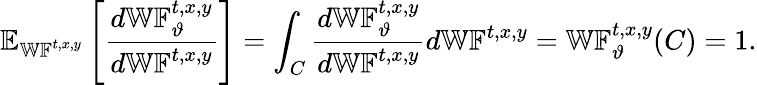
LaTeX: \mathbb{E}_{\mathbb{WF}^{t,x,y}}\left[\frac{d\mathbb{WF}_{\vartheta}^{t,x,y}}{d\mathbb{WF}^{t,x,y}}\right]=\int_{C}\frac{d\mathbb{WF}_{\vartheta}^{t,x,y}}{d\mathbb{WF}^{t,x,y}}d\mathbb{WF}^{t,x,y}=\mathbb{WF}_{\vartheta}^{t,x,y}(C)=1.